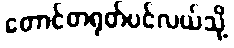
တောင်တရုတ်ပင်လယ်သို့